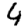
Digit: 4